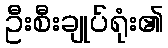
ဦးစီးချုပ်ရုံး၏